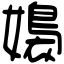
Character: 嬝